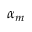
\alpha _ { m }